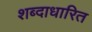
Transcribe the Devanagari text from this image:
शब्दाधारित